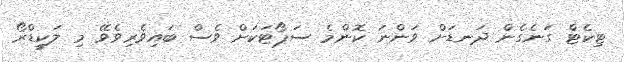
ޓިކެޓް ގަނެގެން ދަނޑަށް ވަންނަ ކޮންމެ ސަޕޯޓަކަށް ވެސް ބައިވެރިވެވޭ މި ލަކީޑްރޯ